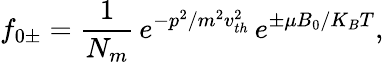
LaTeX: f_{0\pm}=\frac{1}{N_{m}}\, e^{-p^{2}/m^{2}v_{th}^{2}}\, e^{\pm\mu B_{0}/K_{B}T},